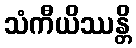
သံကီယိဿန္တိ